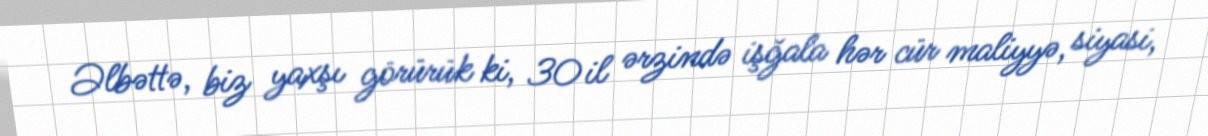
Əlbəttə, biz yaxşı görürük ki, 30 il ərzində işğala hər cür maliyyə, siyasi,